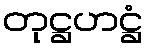
တုဋ္ဌဟဋ္ဌံ